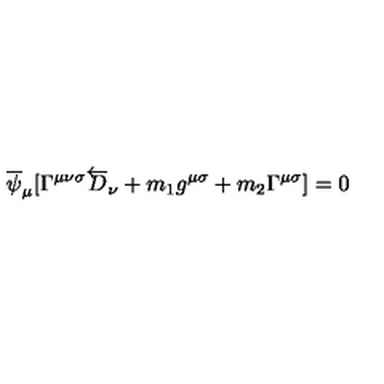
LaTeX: \overline { { \psi } } _ { \mu } [ \Gamma ^ { \mu \nu \sigma } \overleftarrow { D } _ { \nu } + m _ { 1 } g ^ { \mu \sigma } + m _ { 2 } \Gamma ^ { \mu \sigma } ] = 0